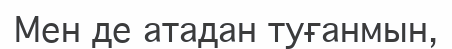
Мен де атадан туғанмын,